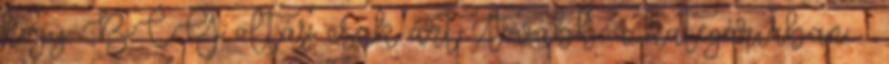
hogy BCG oltás csak árt Tovább a kategóriában: «